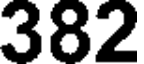
382